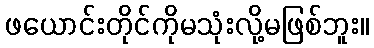
ဖယောင်းတိုင်ကိုမသုံးလို့မဖြစ်ဘူး။